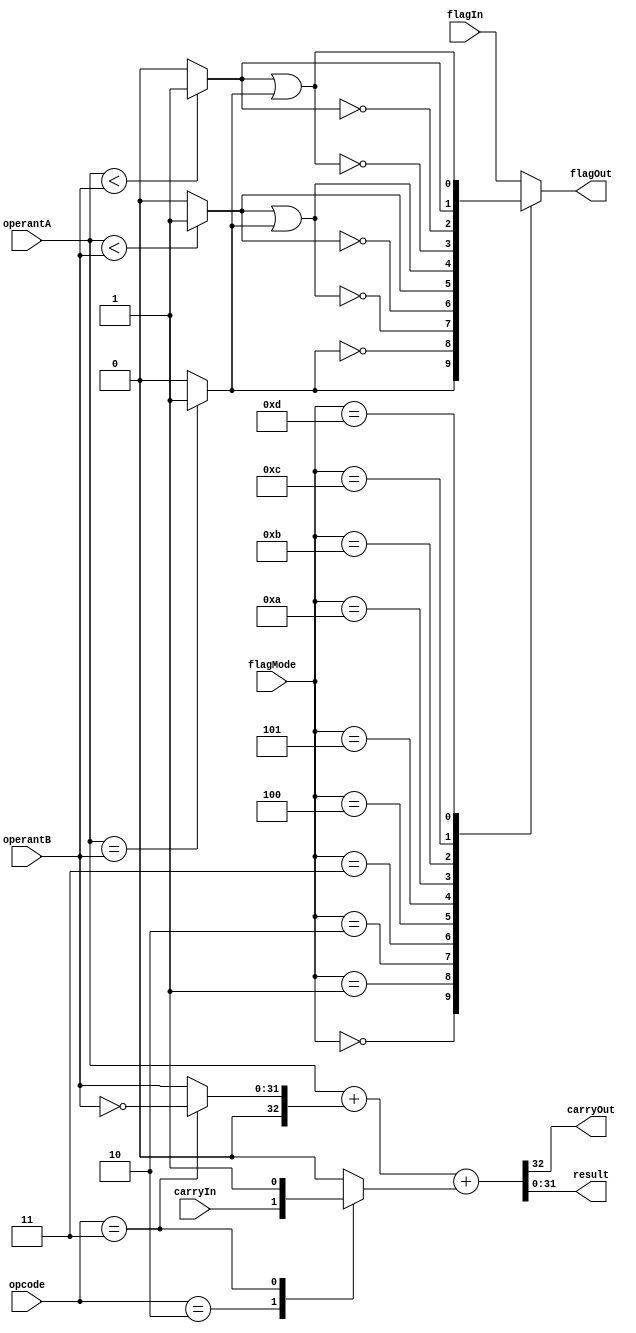
module adder ( input wire         flagIn,
                                  carryIn,
               input wire [1:0]   opcode,
               input wire [3:0]   flagMode,
               input wire [31:0]  operantA,
                                  operantB,
               output reg         flagOut,
               output wire        carryOut,
               output wire [31:0] result );

  wire s_equal = operantA == operantB ? 1'b1 : 1'b0;
  wire s_lessUnsigned = operantA < operantB ? 1'b1 : 1'b0;
  wire signed [31:0] signedA = operantA;
  wire signed [31:0] signedB = operantB;
  wire s_lessSigned = signedA < signedB ? 1'b1 : 1'b0;
  wire [32:0] s_oppA = {1'b0,operantA};
  reg [32:0] s_oppB, s_carryIn;
  wire [32:0] s_sum = s_oppA+s_oppB+s_carryIn;
  
  assign result = s_sum[31:0];
  assign carryOut = s_sum[32];
  
  always @*
  begin
    case (opcode)
      2'b10   : begin
                  s_oppB          <= {1'b0,operantB};
                  s_carryIn[32:1] <= {32{1'b0}};
                  s_carryIn[0]    <= carryIn;
                end
      2'b11   : begin
                  s_oppB          <= {1'b0,~operantB};
                  s_carryIn[32:1] <= {32{1'b0}};
                  s_carryIn[0]    <= 1'b1;
                end
      default : begin
                  s_oppB    <= {1'b0,operantB};
                  s_carryIn <= {33{1'b0}};
                end
    endcase
  end
  
  always @*
  begin
    case (flagMode)
      4'b0000 : flagOut <= s_equal;
      4'b0001 : flagOut <= ~s_equal;
      4'b0010 : flagOut <= ~(s_lessUnsigned | s_equal);
      4'b0011 : flagOut <= ~s_lessUnsigned;
      4'b0100 : flagOut <= s_lessUnsigned;
      4'b0101 : flagOut <= s_lessUnsigned | s_equal;
      4'b1010 : flagOut <= ~(s_lessSigned | s_equal);
      4'b1011 : flagOut <= ~s_lessSigned;
      4'b1100 : flagOut <= s_lessSigned;
      4'b1101 : flagOut <= s_lessSigned | s_equal;
      default : flagOut <= flagIn;
    endcase
  end
endmodule